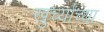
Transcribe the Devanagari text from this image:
खुर्च्यांच्या